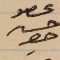
عضو حسن حصِر